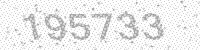
Solution: 195733